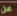
عن